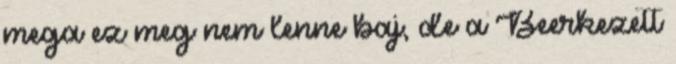
mega ez meg nem lenne baj, de a Beerkezett